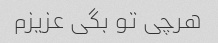
هرچی تو بگی عزیزم